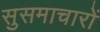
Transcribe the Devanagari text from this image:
सुसमाचारों